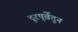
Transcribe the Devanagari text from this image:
दूरपूर्वेतून